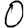
Digit: 0